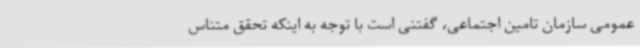
عمومی سازمان تامین اجتماعی، گفتنی است با توجه به اینکه تحقق متناس